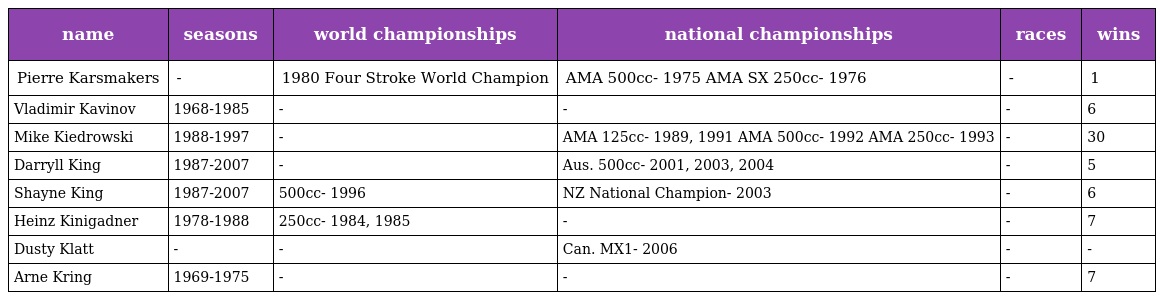
| name | seasons | world championships | national championships | races | wins |
 | --- | --- | --- | --- | --- | --- |
 | Pierre Karsmakers | - | 1980 Four Stroke World Champion | AMA 500cc- 1975 AMA SX 250cc- 1976 | - | 1 |
 | Vladimir Kavinov | 1968-1985 | - | - | - | 6 |
 | Mike Kiedrowski | 1988-1997 | - | AMA 125cc- 1989, 1991 AMA 500cc- 1992 AMA 250cc- 1993 | - | 30 |
 | Darryll King | 1987-2007 | - | Aus. 500cc- 2001, 2003, 2004 | - | 5 |
 | Shayne King | 1987-2007 | 500cc- 1996 | NZ National Champion- 2003 | - | 6 |
 | Heinz Kinigadner | 1978-1988 | 250cc- 1984, 1985 | - | - | 7 |
 | Dusty Klatt | - | - | Can. MX1- 2006 | - | - |
 | Arne Kring | 1969-1975 | - | - | - | 7 |